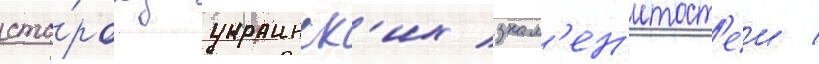
сто́рону украинск'их знам'ен'итост'еи /